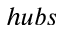
h u b s